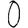
Digit: 0